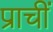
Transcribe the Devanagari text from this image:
प्राचीं